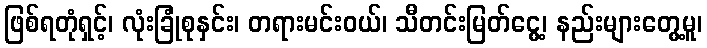
ဖြစ်ရတုံရှင့်၊ လုံးခြုံစုနှင်း၊ တရားမင်းဝယ်၊ သီတင်းမြတ်ငွေ့၊ နည်းများတွေ့မူ၊